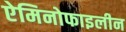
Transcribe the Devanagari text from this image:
ऐमिनोफाइलीन